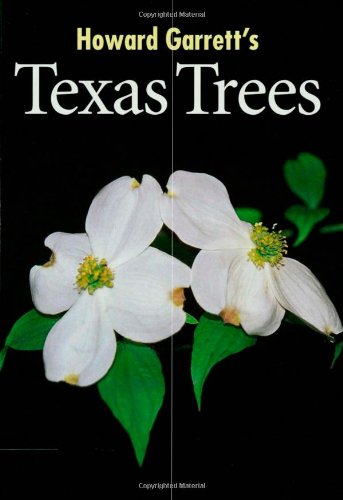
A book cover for Howard's Garrett's Texas Trees; J. Howard Garrett; Crafts, Hobbies & Home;